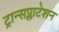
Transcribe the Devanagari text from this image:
ट्रान्सप्लाटेशन